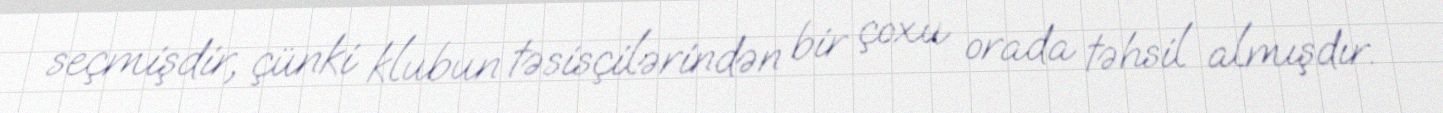
seçmişdir, çünki klubun təsisçilərindən bir çoxu orada təhsil almışdır.